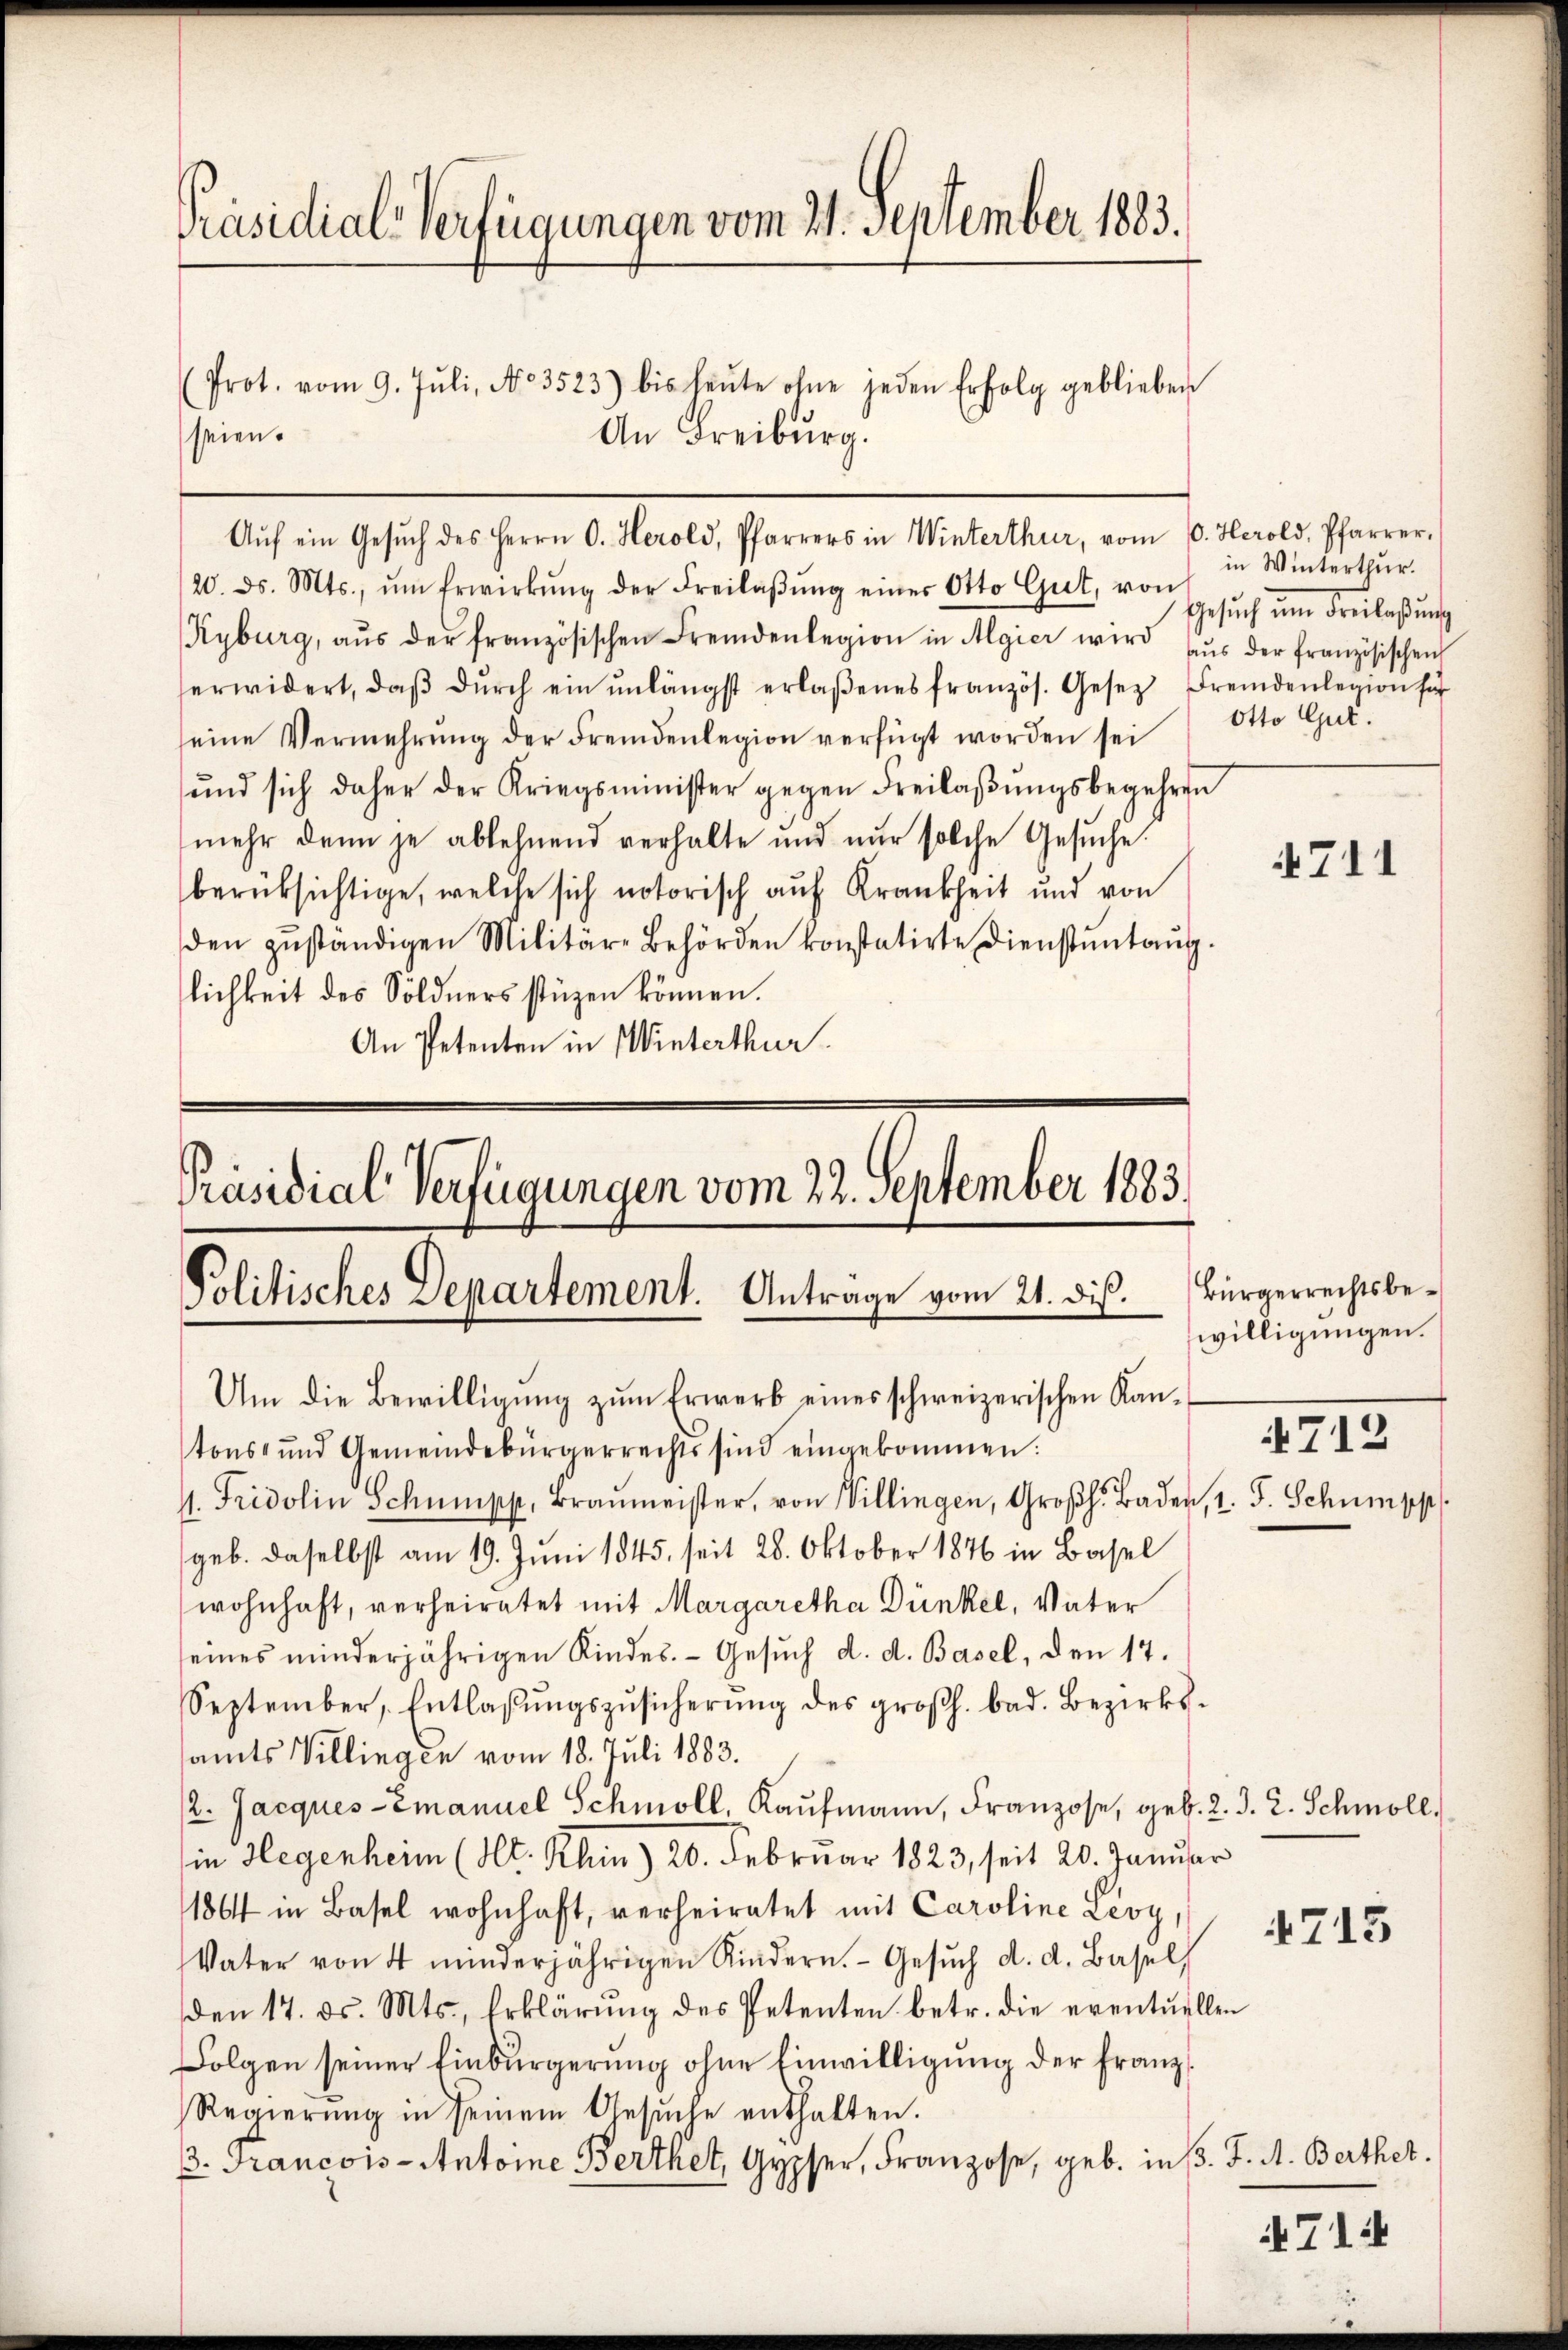
Präsidial-Verfügungen vom 21. September 1883.
(Prot. vom 9. Jŭli, No 3523) bis heŭte ohne jeden Erfolg geblieben
seien.
An Freiburg.

Aŭf ein Gesŭch des Herrn C. Herold, Pfarrers in Winterthur, vom 10. Herold, Pfarrer,

Politisches Departement. Antrage vom 21. diß. Bürgerrechtsbe¬
Um die Bewilligung zum Erwerb eines schweizerischen Kan¬

Präsidial-Verfügungen vom 22. September 1883.

20. ds. Mts., ŭm Erwirkŭng der Freilaβŭng einer Otto Gut, von
Kyburg, aŭs der französischen Fremdenlegion in Algier wird aŭs der französischen
erwidert, daβ dŭrch ein unlängst erlaßenes französ. Gesetz, Fremdenlegion für
seine Vermehrŭng der Fremdenlegion verfügt worden sei Otto Gut.
ŭnd sich daher der Kriegsminister gegen Freilaβŭngsbegehren
mehr dann je ablehnend verhalte und nur solche Gesŭche
berüksichtige, welche sich notorisch auf Krankheit und von
den zŭständigen Militär-Behörden konstatirte Dienstŭntaŭg.
lichkeit des Söldners stüzen können.
An Petenten in Winterthur.

tons- und Gemeindebürgerrechts sind eingekommen:
1. Fridolin Schumpp, Braŭmeister, von Villingen, Groβh. Baden, 1. J. Schumpp
geb. daselbst am 19. Juni 1845, seit 28. Oktober 1876 in Basel
wohnhaft, verheiratet mit Margaretha Dünkel, Vater
seines minderjährigen Kindes. Gesŭch d. d. Basel, den 17.
September, Entlaβŭngszŭsicherŭng des großh. bad. Bezirks-
samts Villingen vom 18. Juli 1883.
/2. Jacques Emanuel Schmoll, Kaufmann, Franzose, geb. 2. d. 2. Schmoll,
in Hegenheim (Mt. Rhin) 20. Februar 1823, seit 20. Januar
1864 in Basel wohnhaft, verheiratet mit Caroline Leoy,
Vater von 4 minderjährigen Rindern. Gesŭch d. d. Basel,
den 17. ds. Mts., Erklärung des Petenten betr. die eventuellen
Folgen seiner Einbürgerung ohne Einwilligung der franz¬
Regierŭng in seinem Gesŭche enthalten.
. Francois-Antoine Berthet, Gypser, Franzose, geb. in B. J. A. Berthet.

in Winterthur.
Gesŭch ŭm Freilaßung

711

willigungen.
712

4715

71